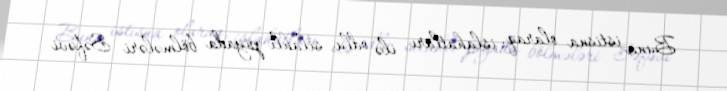
Buna istisna olaraq, islahatları ilə odlu silahlı piyada bölmələri Səfəvi